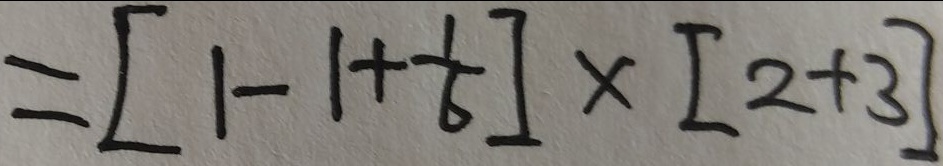
= [ 1 - 1 + \frac { 1 } { 6 } ] \times [ 2 + 3 ]